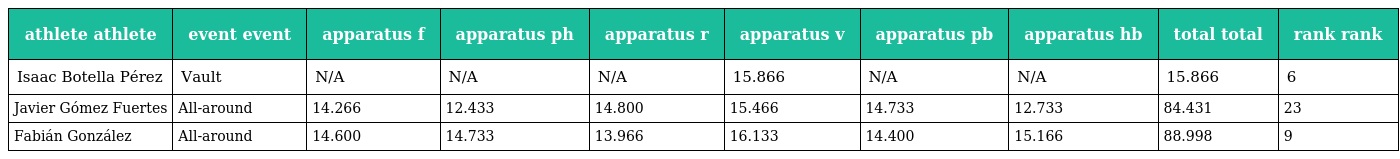
| athlete athlete | event event | apparatus f | apparatus ph | apparatus r | apparatus v | apparatus pb | apparatus hb | total total | rank rank |
 | --- | --- | --- | --- | --- | --- | --- | --- | --- | --- |
 | Isaac Botella Pérez | Vault | N/A | N/A | N/A | 15.866 | N/A | N/A | 15.866 | 6 |
 | Javier Gómez Fuertes | All-around | 14.266 | 12.433 | 14.800 | 15.466 | 14.733 | 12.733 | 84.431 | 23 |
 | Fabián González | All-around | 14.600 | 14.733 | 13.966 | 16.133 | 14.400 | 15.166 | 88.998 | 9 |